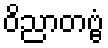
ဝိညာတဗ္ဗံ